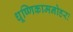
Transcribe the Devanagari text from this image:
धूष्णिकामनोहरः